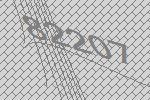
82207